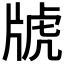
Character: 𤗑